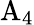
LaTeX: \mathrm{A}_{4}